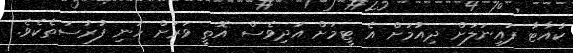
ކުއާޓާ ފައިނަލަށް ދިއުމަށް އެ ޓީމަށް އަދިވެސް އޮތީ ވަރަށް ހަނި ފުރުސަތެކެވެ.